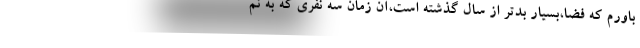
باورم که فضا،بسیار بدتر از سال گذشته است،آن زمان سه نفری که به نم